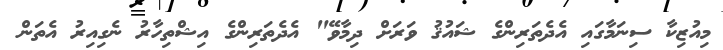
މިއުޒިކާ ސިނަމާގައި އެދެތަރިންގެ ޝައުޤު ވަރަށް ދިމާވޭ" އެދެތަރިންގެ އިޝްތިހާރު ނެގިއިރު އެތަން